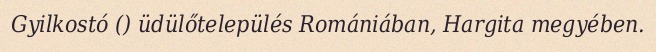
Gyilkostó () üdülőtelepülés Romániában, Hargita megyében.